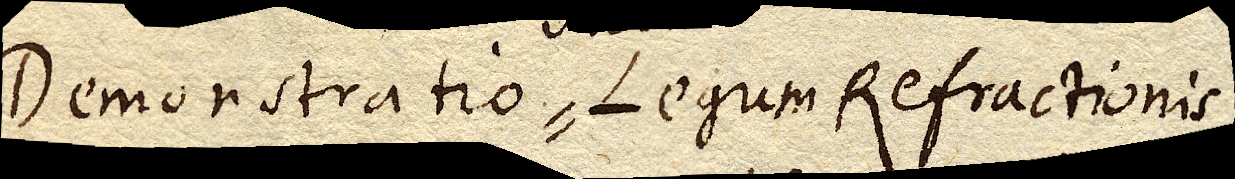
Demonstratio Legum Refractionis,